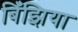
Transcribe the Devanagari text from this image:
बिँझिया